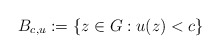
\begin{align*}B_{c,u}:=\{z\in G:u(z)< c\}\end{align*}